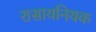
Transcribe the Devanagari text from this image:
रासायनियक